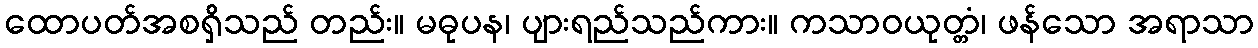
ထောပတ်အစရှိသည် တည်း။ မဓုပန၊ ပျားရည်သည်ကား။ ကသာဝယုတ္တံ၊ ဖန်သော အရာသာ